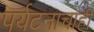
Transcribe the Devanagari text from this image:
पर्यटनाचाही